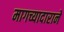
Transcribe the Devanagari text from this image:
मागच्यादाराने